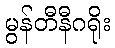
မွန်တီနီဂရိုး